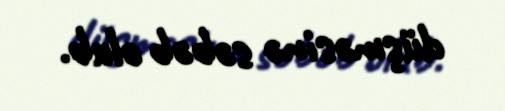
düşməsinə səbəb olub.